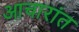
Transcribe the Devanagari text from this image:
आचारांत